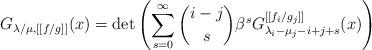
LaTeX: \begin{align*}G_{\lambda/\mu,[[f/g]]}(x)=\det\left(\sum_{s=0}^\infty\binom{i-j}{s}\beta^s G^{[[f_i/g_j]]}_{\lambda_i-\mu_j-i+j+s}(x)\right)\end{align*}